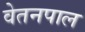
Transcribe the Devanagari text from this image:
वेतनपाल